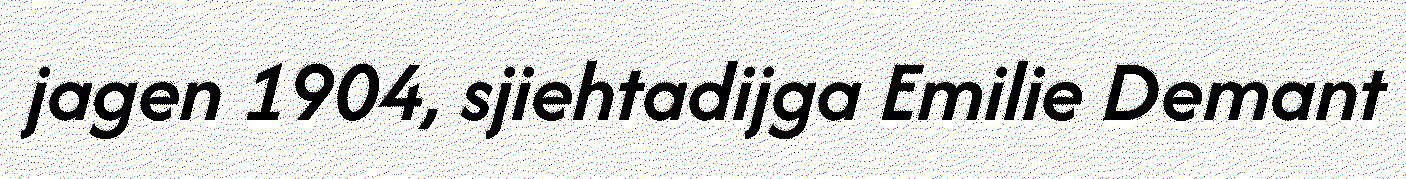
jagen 1904, sjiehtadijga Emilie Demant